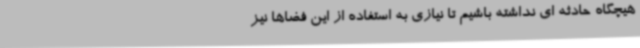
هیچگاه حادثه ای نداشته باشیم تا نیازی به استفاده از این فضاها نیز